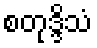
စတုဒ္ဒိသံ